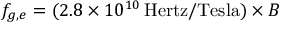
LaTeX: f _ { g , e } = ( 2 . 8 \times 1 0 ^ { 1 0 } \, \mathrm { H e r t z } / \mathrm { T e s l a } ) \times B